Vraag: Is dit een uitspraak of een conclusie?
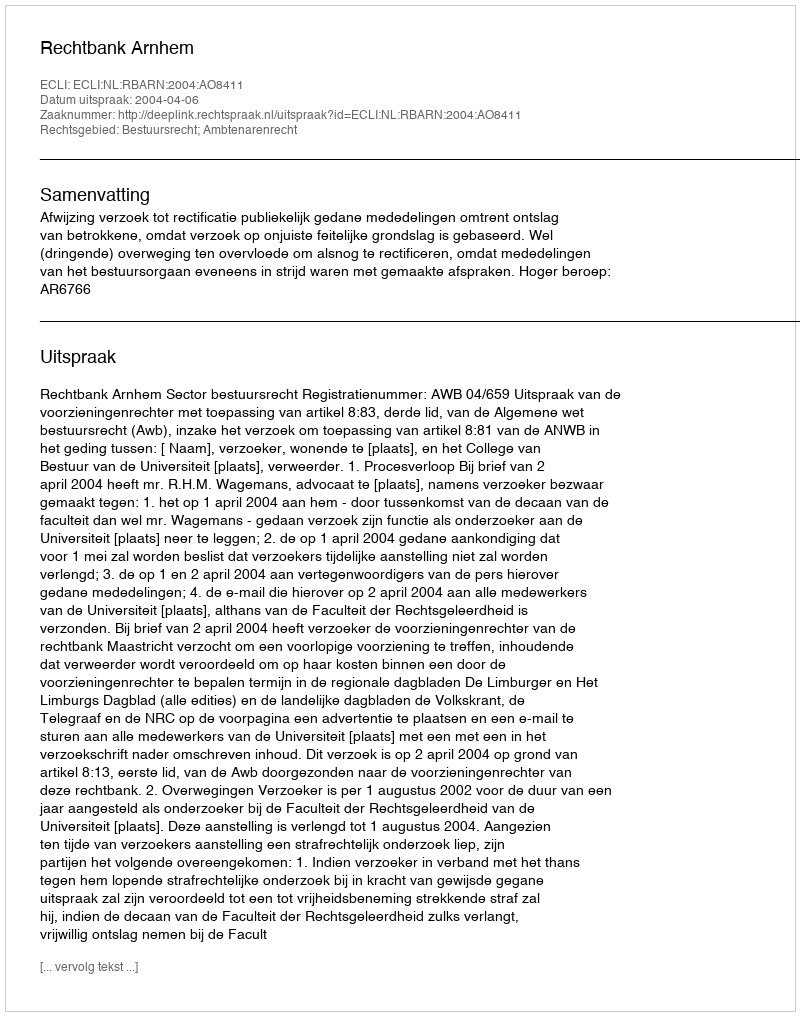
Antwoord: Uitspraak